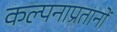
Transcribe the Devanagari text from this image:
कल्पनाप्रतानों